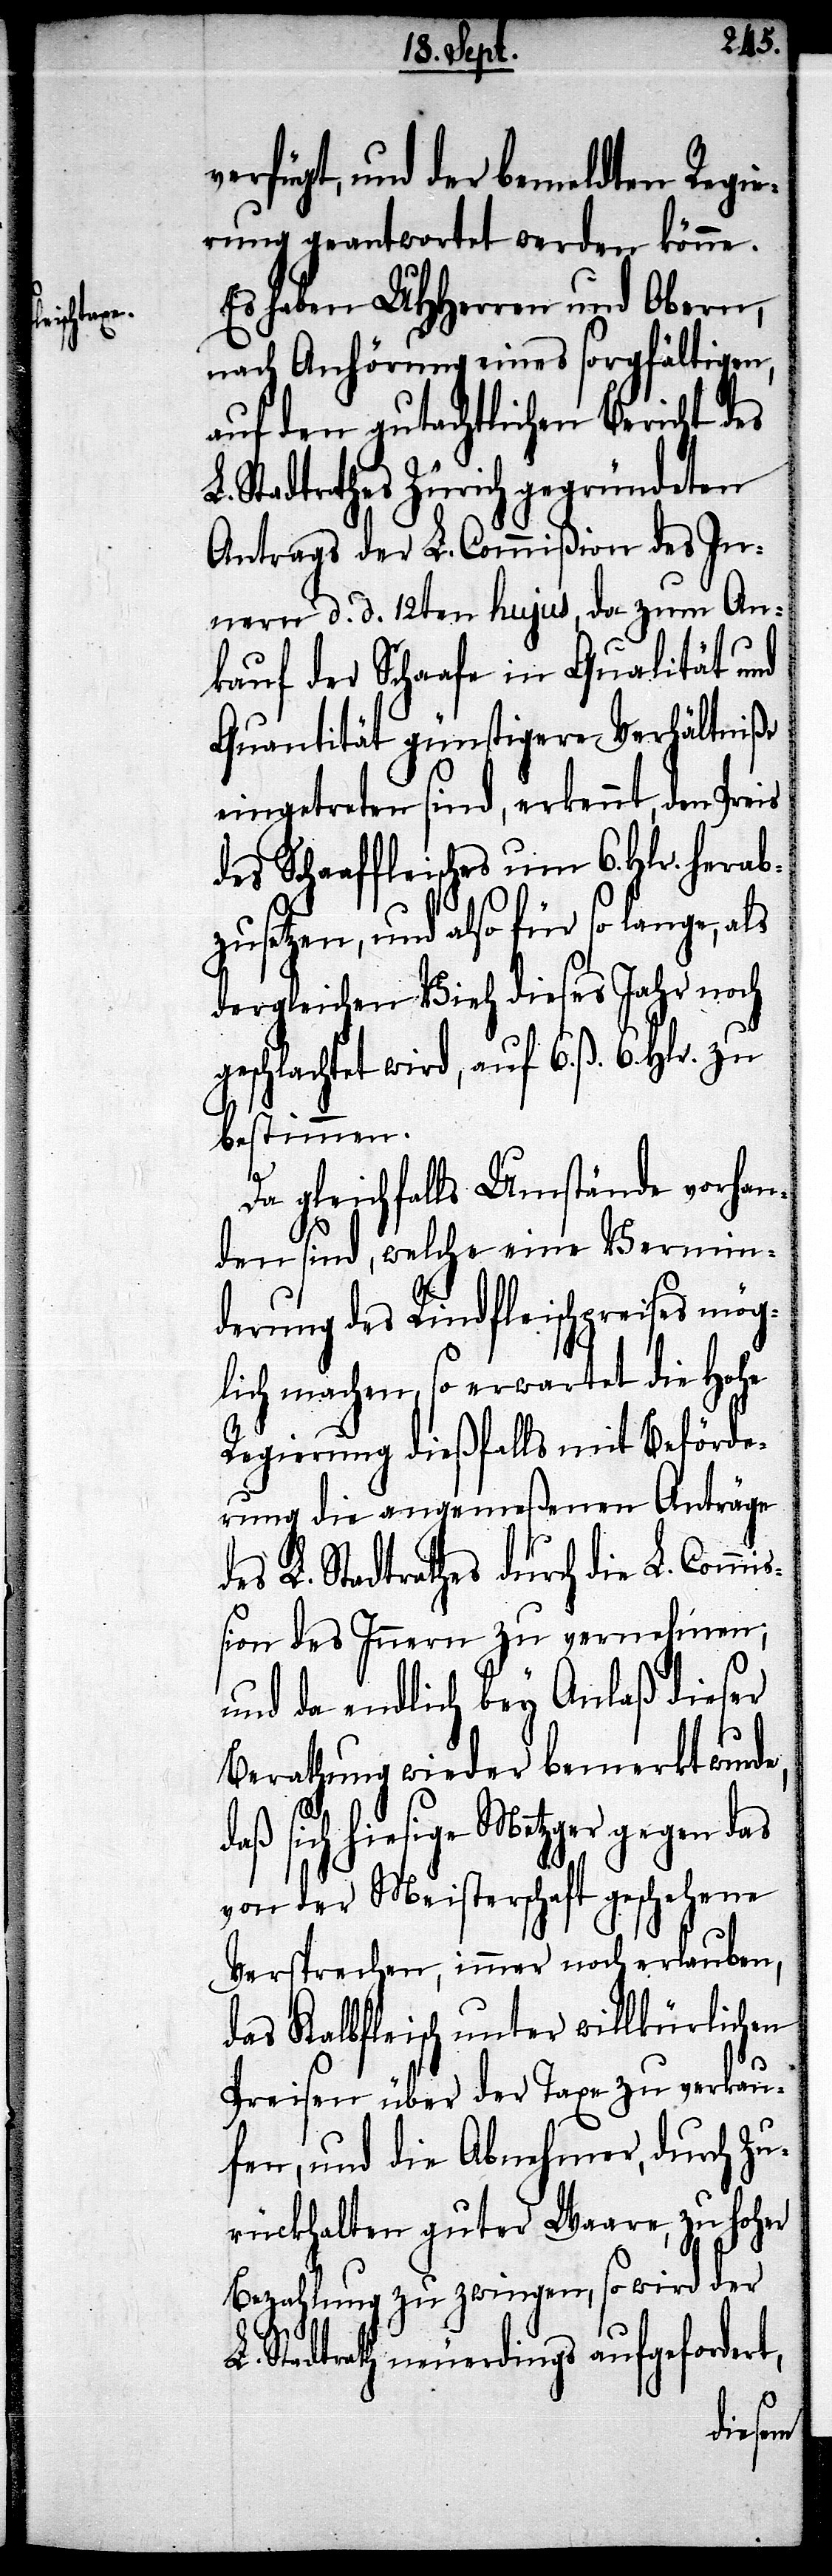
verfügt, und der bemeldten Regier¬
Es haben UHHerren und Obern,
nach Anhörung eines sorgfältigen,
auf den gutächtlichen Bericht des
Stadtrathes Zürich gegründeten
Antrags der L. Commißion des In¬
nern d. d. 12ten hujus, da zum An¬
kauf der Schaafe in Qualität und
Quantität günstigere Verhältniße
eingetreten sind, erkennt, den
des Schaffleisches um 6. Hlr. herab¬
zusetzen, und also für so lange, als
dergleichen Vieh dieses Jahr noch
geschlachtet wird, auf 6. ß. 6. Hlr. zu
bestimmen.
Da gleichfalls Umstände vorhan¬
den sind, welche eine Vermin¬
derung des Rindfleischpreises mög¬
lich machen, so erwartet die hohe
Regierung dießfalls mit Beförde¬
rung die angemeßenen Anträge
des L. Stadtrathes durch die L. Commi¬
ßion des Innern zu vernehmen;
und da endlich bey Anlaß dieser
Berathung wieder bemerkt wurde,
sich hiesige Metzger gegen das
von der Meisterschaft geschehene
Versprechen, immer noch erlauben,
das Kalbfleisch unter willkürlichen
Preisen über der Taxe zu verkau¬
fen, und die Abnehmer, durch Zu¬
rückhalten guter Waare, zu hoher
Bezahlung zu zwingen, so wird der
L.
L. Stadtrath neuerdings aufgefordert,
ung